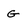
Character: G